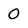
Character: 0